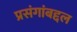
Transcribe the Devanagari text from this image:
प्रसंगांबद्दल